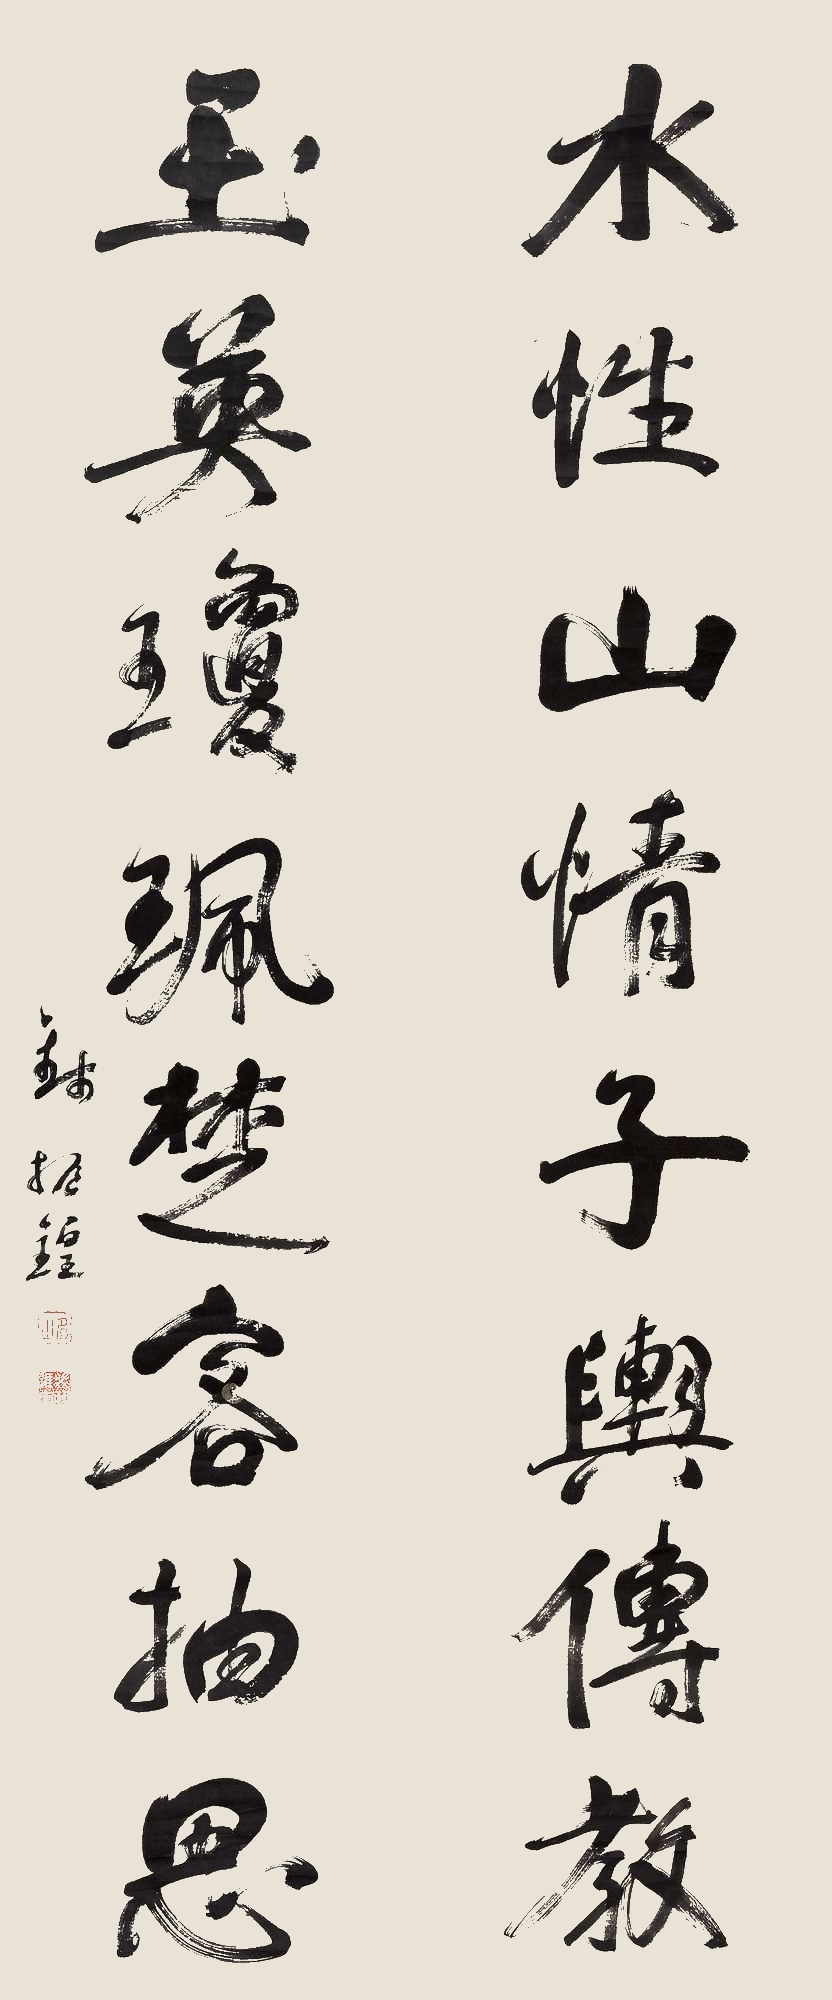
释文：水性山情子舆传教，玉英琼佩楚客抽思。钱振锽。